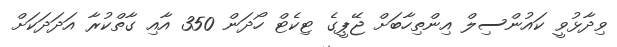
ވިދާޅުވީ ކައުންސިލް އިންތިހާބަށް ޖޭޕީގެ ޓިކެޓް ހޯދަން 350 އާއި ގާތްކުރާ އަދަދަކަށް